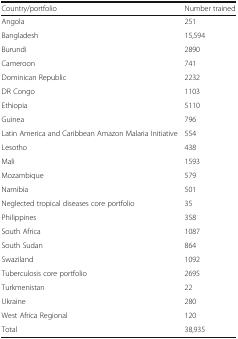
| Country/portfolio | Number trained |
 | --- | --- |
 | Angola | 251 |
 | Bangladesh | 15,594 |
 | Burundi | 2890 |
 | Cameroon | 741 |
 | Dominican Republic | 2232 |
 | DR Congo | 1103 |
 | Ethiopia | 5110 |
 | Guinea | 796 |
 | Latin America and Caribbean Amazon Malaria Initiative | 554 |
 | Lesotho | 438 |
 | Mali | 1593 |
 | Mozambique | 579 |
 | Namibia | 501 |
 | Neglected tropical diseases core portfolio | 35 |
 | Philippines | 358 |
 | South Africa | 1087 |
 | South Sudan | 864 |
 | Swaziland | 1092 |
 | Tuberculosis core portfolio | 2695 |
 | Turkmenistan | 22 |
 | Ukraine | 280 |
 | West Africa Regional | 120 |
 | Total | 38,935 |